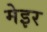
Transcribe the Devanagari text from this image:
मेइर